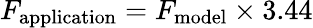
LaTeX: F_{\mathrm{application}}=F_{\mathrm{model}}\times 3.44